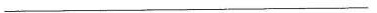
___